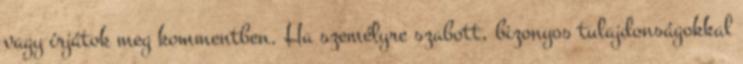
vagy írjátok meg kommentben. Ha személyre szabott, bizonyos tulajdonságokkal